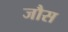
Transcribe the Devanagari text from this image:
जौस